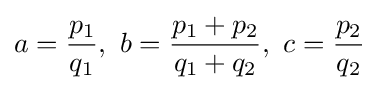
a={\frac {p_{1}}{q_{1}}},\ b={\frac {p_{1}+p_{2}}{q_{1}+q_{2}}},\ c={\frac {p_{2}}{q_{2}}}